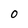
Character: O